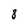
Character: 8